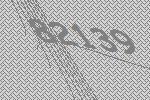
82139